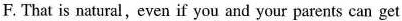
F.That is natural,even if you and your parents can get